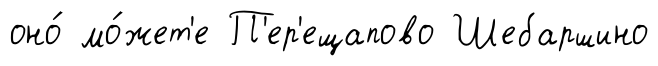
оно́ мо́жет'е П'ер'ещапово Шебаршино